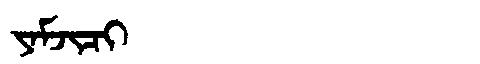
Manchu: ᠶᠠᠮᠵᡳᠴᡳ
Romanization: YAMJICI